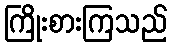
ကြိုးစားကြသည်